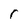
Character: r